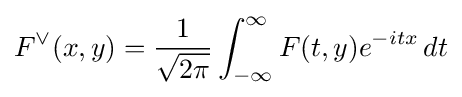
F^{\vee }(x,y)={1 \over {\sqrt {2\pi }}}\int _{-\infty }^{\infty }F(t,y)e^{-itx}\,dt